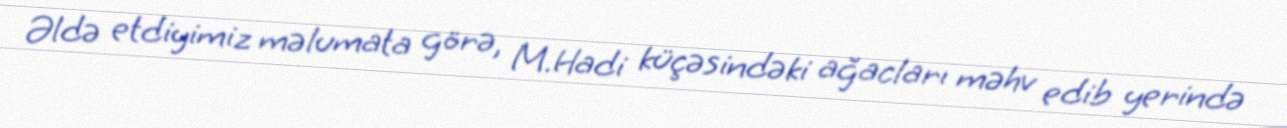
Əldə etdiyimiz məlumata görə, M.Hadi küçəsindəki ağacları məhv edib yerində